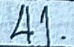
41